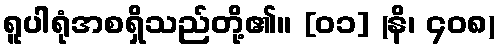
ရူပါရုံအစရှိသည်တို့၏။ [၀၁] (နိ၊ ၄၀၈)